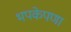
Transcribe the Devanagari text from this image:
भपकेपणा